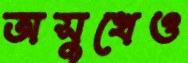
অসুখেও